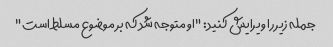
جمله زیر را ویرایش کنید: "او متوجه شد که بر موضوع مسلط است"